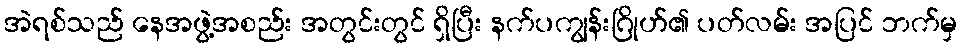
အဲရစ်သည် နေအဖွဲ့အစည်း အတွင်းတွင် ရှိပြီး နက်ပကျွန်းဂြိုဟ်၏ ပတ်လမ်း အပြင် ဘက်မှ